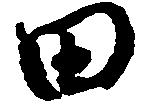
田